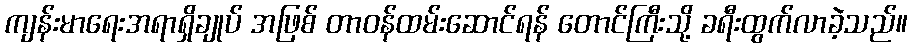
ကျန်းမာရေးအရာရှိချုပ် အဖြစ် တာဝန်ထမ်းဆောင်ရန် တောင်ကြီးသို့ ခရီးထွက်လာခဲ့သည်။